Vital statistics of India. Vol. VI, European troops 1870-79
Year: 1870
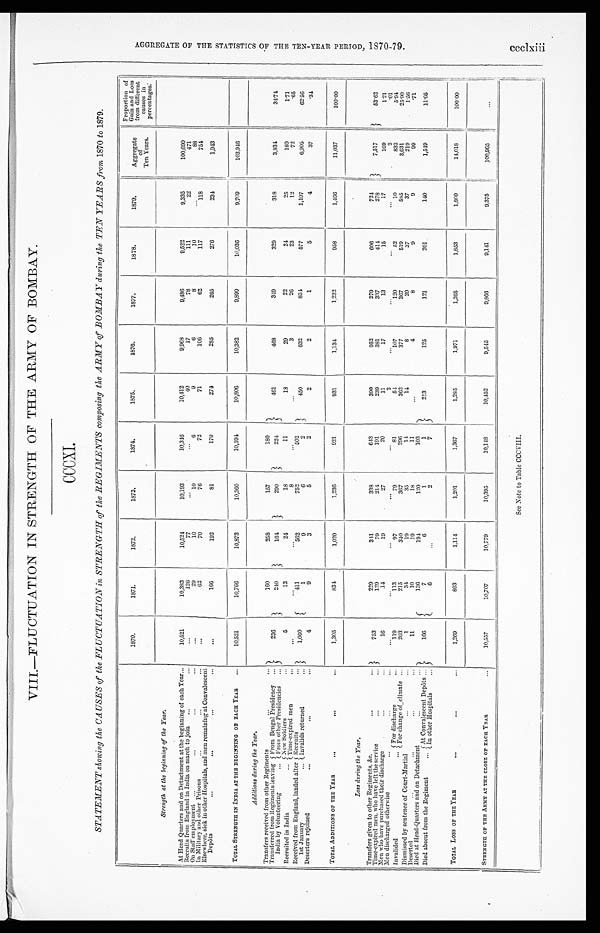
VIII.—FLUCTUATION IN STRENGTH OF THE ARMY OF BOMBAY.
CCCXI.
STATEMENT showing the CAUSES of the FLUCTUATION in STRENGTH of the REGIMENTS composing the ARMY of BOMBAY during the TEN YEARS from 1870 to 1879.
1870.
1871.
1872.
1873.
1874.
1875.
1876.
1877.
1878.
1879.
Aggregate
of
Ten Years.
Proportion of
Gain and Loss
from different
causes in
percentages.
Strength at the beginning of the Year.
At Head Quarters and on Detachment at the beginning of each Year
. . .
10,521
10,383
10, 524
10,193
10,346
10,412
9 , 9 6 8
9,486
9,522
9,335
100,690
Recruits from England in India on march to join ...
. . .
. . .
126
77
. . .
. . .
40
17
78
111
22
471
On Staff employment ...
... ...
...
...
29
10
10
6
9
6
8
10
...
88
In Military and other Prisons
... ...
...
. . .
6 2
70
76
72
71
1 0 6
62
117
118
754
Elsewhere, sick in other Hospitals, and men remaining at Convalescent
Depôts
. . .
...
...
. . .
...
166
192
81
170
274
285
265
276
234
1,943
TOTAL STRENGTH IN INDIA AT THE BEGINNING OF EACH YEAR
...
10,521
10,766
10,873
10,360
10,594
10,806
10,382
9,899
10,036
9,769
103,946
Additions during the Year.
Transfers received from other Regiments ...
...
236
160
258
157
180
461
468
349
329
318
3, 834
3 4 . 7 4
Transferred from Regiments leaving From Bengal Presidency ...
240
164
2 9 0
22
4
India by Volunteering
... From other Presidencies
...
Recruited in India
. . . New Soldiers
...
5
13
24
18
11
18
29
22
24
25
189
1.71
Time-expired men
...
...
...
...
8
...
...
3
26
23
12
72
.65
Received from England, landed after Recruits
. . .
1,060
411
562
752
502
450
632
8 3 4
577
1,107
6,905
62.56
1st January
... Invalids returned
. . .
1
9
6
2
Deserters rejoined
. . .
...
. . .
4
9
3
5
2
2
2
1
5
4
37
.34
TOTAL ADDITIONS OF THE YEAR
...
...
...
1,305
8 3 4
1,020
1, 236
921
931
1,134
1,232
958
1,466
11,037
100.00
Loss during the Year.
Transfers given to other Regiments, &c.
...
. . .
753
229
341
3 3 8
643
390
952
279
606
724
7,517
53.62
Time-expired men, who have left the service
...
. . .
129
79
2 1 4
191
239
381
337
4 1 4
278
Men who have purchased their discharge
. . .
. . .
16
14
19
27
20
11
17
13
15
17
169
1.21
Men discharged otherwise
... ...
. . .
...
. . .
. . .
...
. . .
2
...
. . .
...
...
2
.01
Invalided
... For discharge
. . .
119
113
97
79
81
5 4
107
120
52
10
832
5.94
For change of climate
. . .
203
215
340
367
296
362
377
367
519
585
3,631
2 5 . 9 0
Dismissed by sentence of Court-Martial ...
. . .
1
3 4
19
35
1 4
14
8
20
37
37
219
1.56
Deserted
. . .
... ...
. . .
1 1
10
19
18
1 1
.. .
4
8
9
9
99
.71
Died at Head-Quarters and on Detachment
. . .
. . .
166
136
194
120
103
213
125
121
201
140
1,549
1 1 . 0 5
Died absent from the Regiment
... At Convalescent Depôts ...
7
6
1
1
In other Hospitals
. . .
6
. . .
2
7
TOTAL LOSS OF THE YEAR
...
...
...
1,269
893
1,114
1,201
1,367
1,285
1,971
1,265
1,853
1,800
14,018
100.00
STRENGTH OF THE ARMY AT THE CLOSE OF EACH YEAR
. . .
10,557
10,707
10,779
10,395
10,148
10,452
9,545
9,866
9,141
9,375
100,965
...
See Note to Table CCCVIII.
A G G R E G A T E O F T H E S T A T I S T I C S O F T H E T E N - Y E A R P E R I O D , 1 8 7 0 - 7 9 .
c c c l x i i i